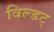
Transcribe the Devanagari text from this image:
विल्डट्